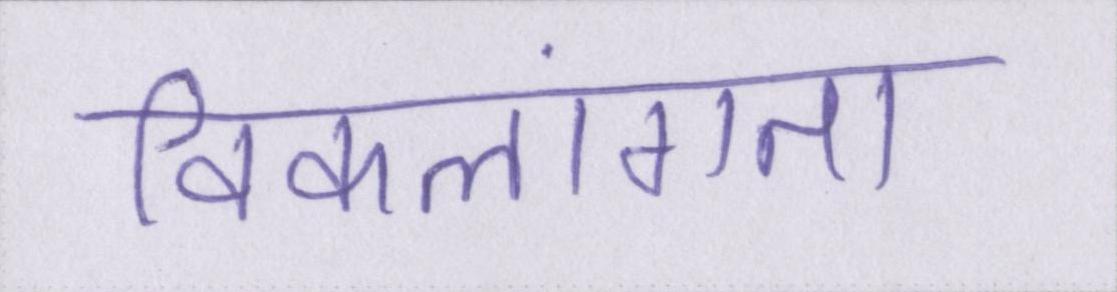
विकलांगता